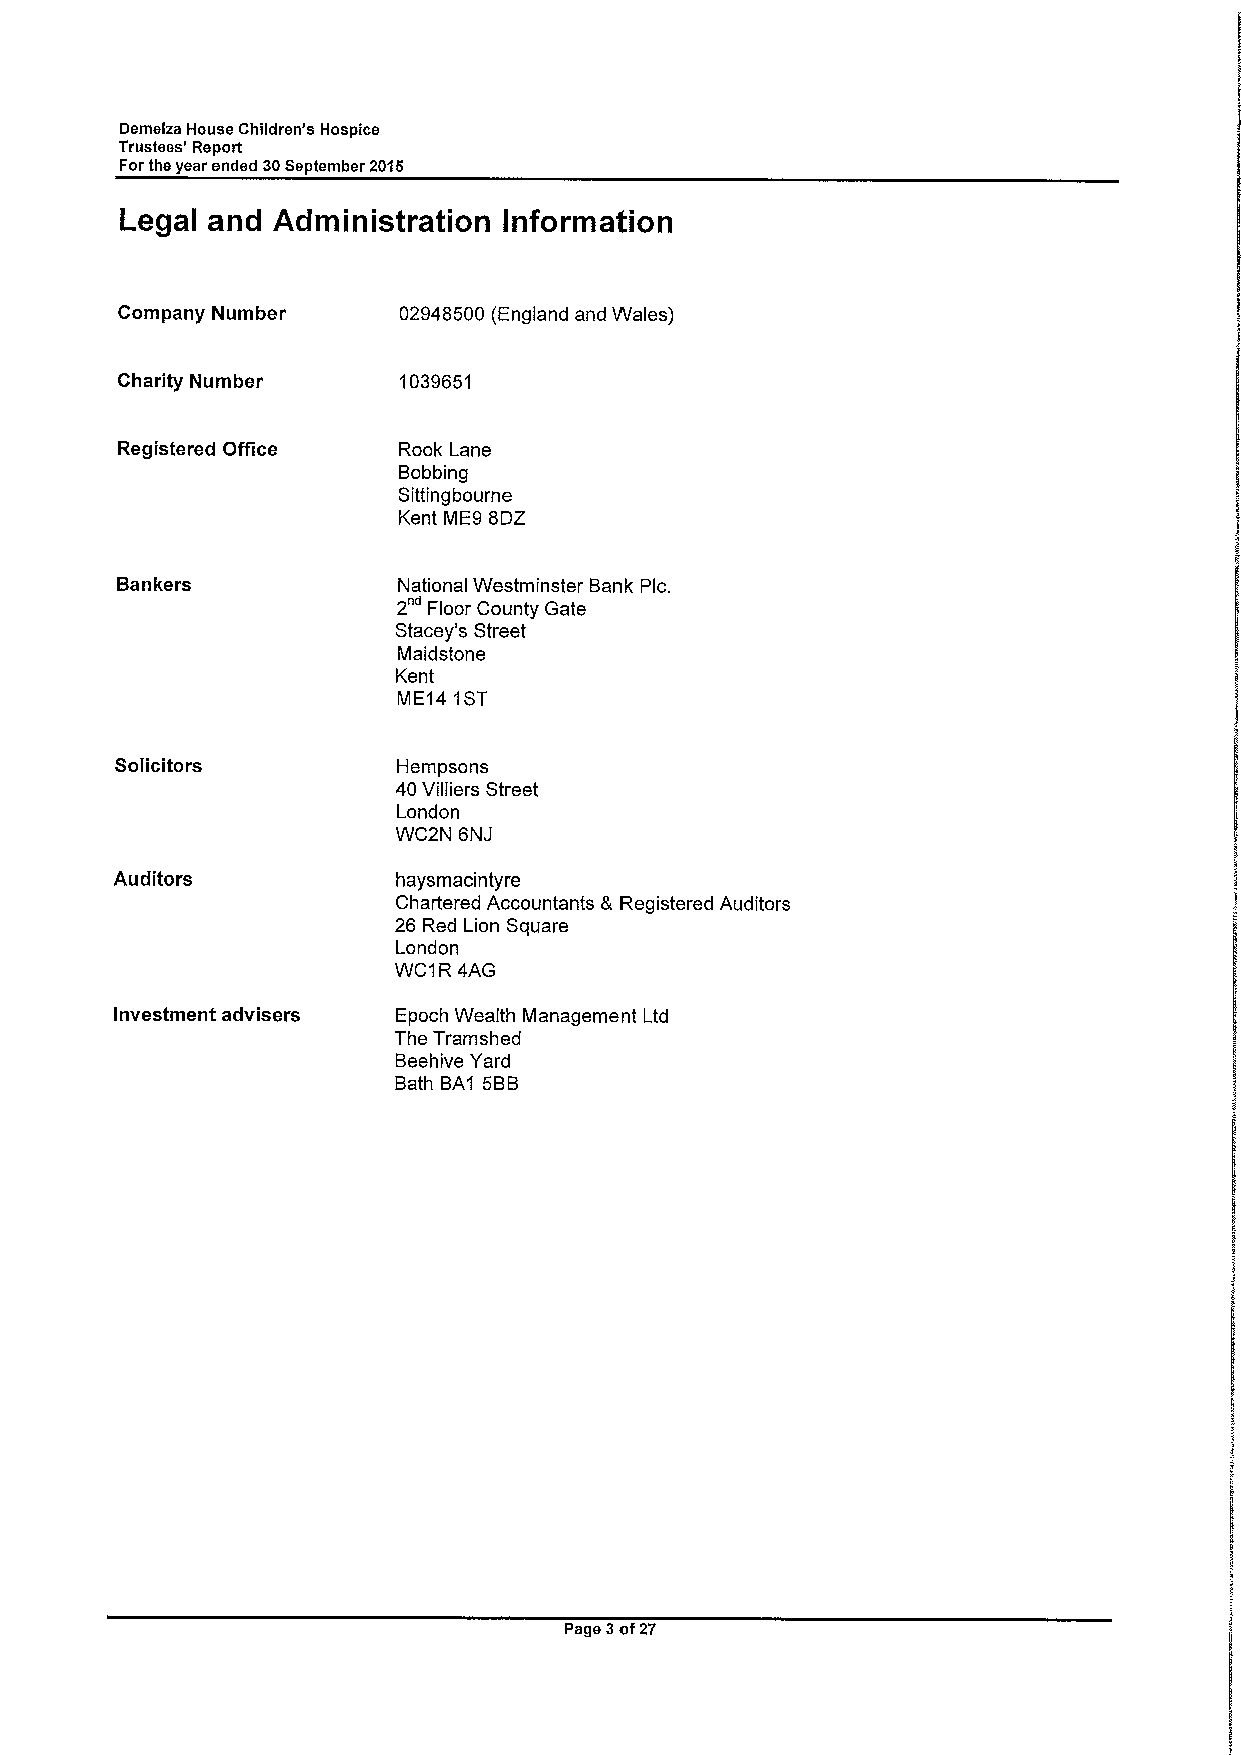
Demelza House Children's Hospice
 Trustees' Report
 Forthe year ended 30September 2016
 Legal and Administration Information
 Company Number    02948500 (England and Wales)
 Charity Number    1039651
 Registered Office Rook Lane
 Bobbing
 Sittingbourne
 Kent ME9 8DZ
 Bankers           National Westminster Bank Pic.
 2" Floor County Gate
 Stacey's Street
 Maidstone
 Kent
 ME14 1ST
 Solicitors        Hempsons
 40Villiers Street
 London
 WC2N 6NJ
 Auditors          haysmacintyre
 Chartered Accountants &Registered Auditors
 26 Red Lion Square
 London
 WC1R 4AG
 Investment advisers Epoch Wealth Management Ltd
 The Tramshed
 Beehive Yard
 Bath BA1 5BB
 Page 3of27